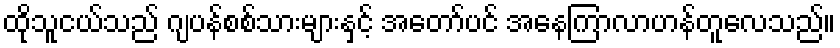
ထိုသူငယ်သည် ဂျပန်စစ်သားများနှင့် အတော်ပင် အနေကြာလာဟန်တူလေသည်။